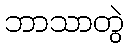
ဘာသာတွဲ